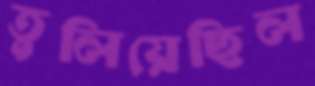
তুলিয়েছিল